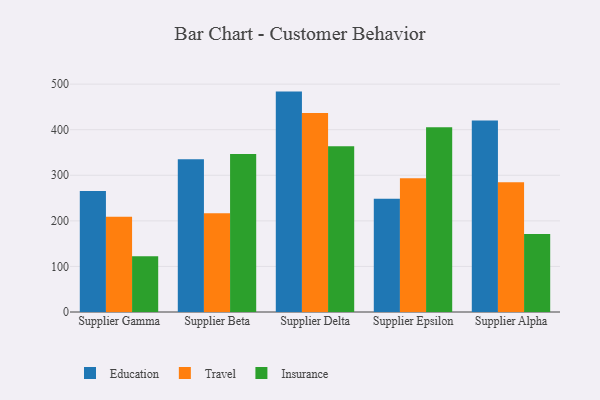
{"axis": {"x": "Supplier", "y": "LTV (USD)"}, "legend": ["Education", "Insurance", "Travel"], "data": [{"x": "Supplier Gamma", "y": 265.7, "type": "Education"}, {"x": "Supplier Gamma", "y": 208.9, "type": "Travel"}, {"x": "Supplier Gamma", "y": 122.5, "type": "Insurance"}, {"x": "Supplier Beta", "y": 334.9, "type": "Education"}, {"x": "Supplier Beta", "y": 216.5, "type": "Travel"}, {"x": "Supplier Beta", "y": 346.5, "type": "Insurance"}, {"x": "Supplier Delta", "y": 483.6, "type": "Education"}, {"x": "Supplier Delta", "y": 436.7, "type": "Travel"}, {"x": "Supplier Delta", "y": 363.6, "type": "Insurance"}, {"x": "Supplier Epsilon", "y": 248.7, "type": "Education"}, {"x": "Supplier Epsilon", "y": 293.2, "type": "Travel"}, {"x": "Supplier Epsilon", "y": 405.4, "type": "Insurance"}, {"x": "Supplier Alpha", "y": 420.3, "type": "Education"}, {"x": "Supplier Alpha", "y": 284.5, "type": "Travel"}, {"x": "Supplier Alpha", "y": 171.3, "type": "Insurance"}]}